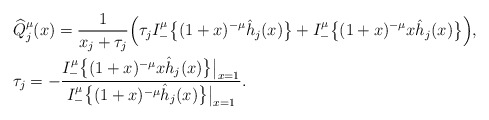
\begin{align*} &\widehat Q_j^\mu(x)= \frac {1}{x_j+\tau_j}\Big(\tau_j I_-^\mu \big\{(1+x)^{-\mu} \hat h_j(x)\big\} + I_-^\mu \big\{(1+x)^{-\mu}x \hat h_j(x)\big\}\Big), \\ &\tau_j=-\frac {I_-^\mu \big\{(1+x)^{-\mu} x \hat h_j(x)\big\}\big|_{x=1}} { I_-^\mu \big\{(1+x)^{-\mu} \hat h_j(x)\big\}\big|_{x=1}}. \end{align*}